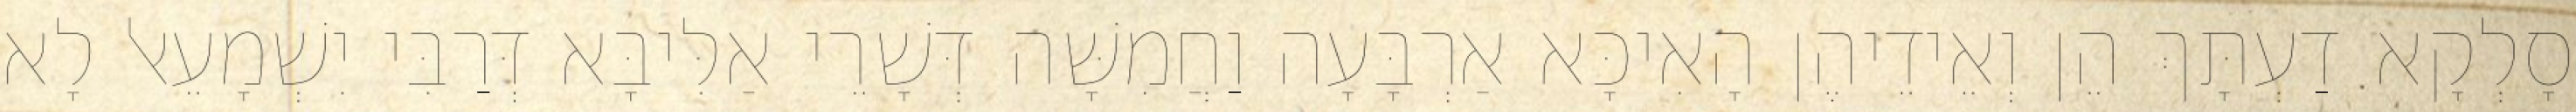
סָלְקָא דַעְתָּךְ הֵן וְאֵידֵיהֶן הָאִיכָּא אַרְבָּעָה וַחֲמִשָּׁה דְּשָׁרֵי אַלִּיבָּא דְּרַבִּי יִשְׁמָעֵאל לָא